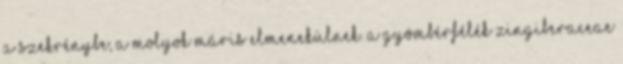
a szekrénybe, a molyok máris elmenekülnek. A gyömbérfélék Zingiberaceae